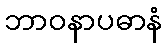
ဘာဝနာပဓာနံ